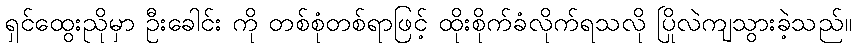
ရှင်ထွေးညိုမှာ ဦးခေါင်း ကို တစ်စုံတစ်ရာဖြင့် ထိုးစိုက်ခံလိုက်ရသလို ပြိုလဲကျသွားခဲ့သည်။